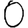
Digit: 0